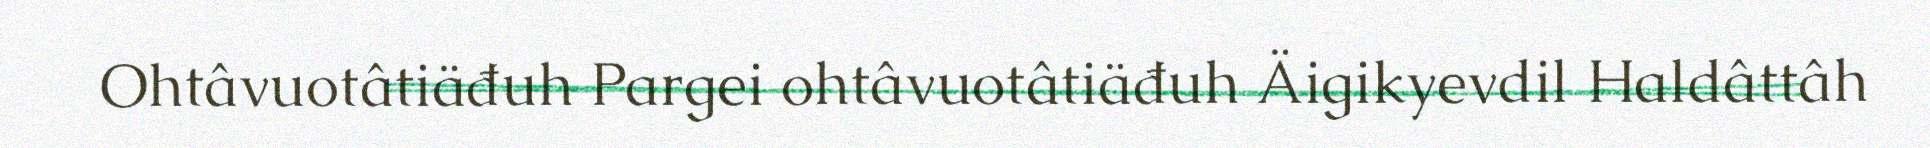
Ohtâvuotâtiäđuh Pargei ohtâvuotâtiäđuh Äigikyevdil Haldâttâh